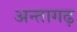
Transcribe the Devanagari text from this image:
अन्तागढ़